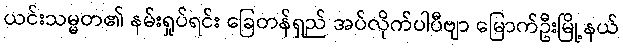
ယင်းသမ္မတ၏ နမ်းရှုပ်ရင်း ခြေတန်ရှည် အပ်လိုက်ပါပီဗျာ မြောက်ဦးမြို့နယ်